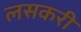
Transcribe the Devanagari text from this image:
लसकरी